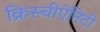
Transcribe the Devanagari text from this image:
क्रिस्चीऐनिटी